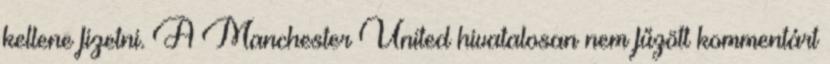
kellene fizetni. A Manchester United hivatalosan nem fűzött kommentárt